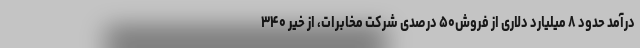
درآمد حدود ۸ میلیارد دلاری از فروش۵۰ درصدی شرکت مخابرات، از خیر ۳۴۰